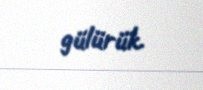
gülürük.